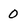
Character: 0